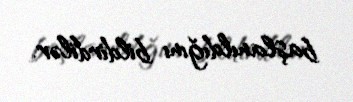
başlanıldığını bildirdilər.